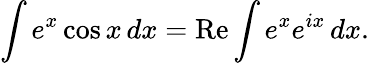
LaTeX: \int e^{x}\cos x\, dx=\operatorname{Re}\int e^{x}e^{ix}\, dx.